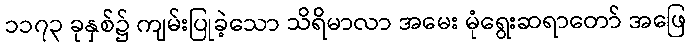
၁၁၇၃ ခုနှစ်၌ ကျမ်းပြုခဲ့သော သိရိမာလာ အမေး မုံရွေးဆရာတော် အဖြေ